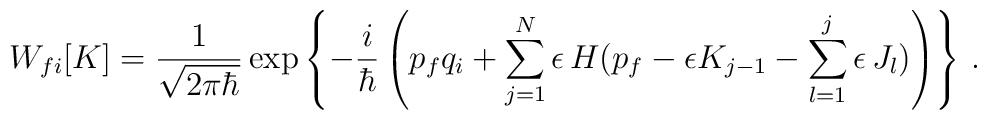
W_{fi} [ K ] = \frac{1}{ \sqrt{ 2 \pi \hbar }}\exp \left \{ - \frac{i}{\hbar} \left ( p_f q_i + \sum_{j=1}^N \epsilon \, H( p_f - \epsilon K_{j-1} - \sum_{l = 1}^{j} \epsilon \, J_l ) \right ) \right\}\, .